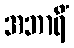
အဘာရိံ